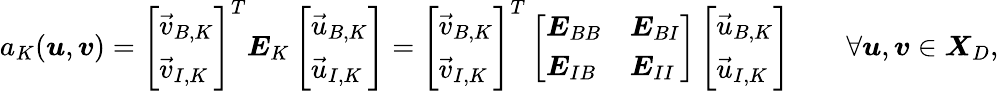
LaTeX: \begin{array}{r}{a_{K}(\boldsymbol{u},\boldsymbol{v})=\left[\begin{array}{l}{\vec{v}_{B,K}}\\ {\vec{v}_{I,K}}\end{array}\right]^{T}\boldsymbol{E}_{K}\left[\begin{array}{l}{\vec{u}_{B,K}}\\ {\vec{u}_{I,K}}\end{array}\right]=\left[\begin{array}{l}{\vec{v}_{B,K}}\\ {\vec{v}_{I,K}}\end{array}\right]^{T}\left[\begin{array}{ll}{\boldsymbol{E}_{BB}}&{\boldsymbol{E}_{BI}}\\ {\boldsymbol{E}_{IB}}&{\boldsymbol{E}_{II}}\end{array}\right]\left[\begin{array}{l}{\vec{u}_{B,K}}\\ {\vec{u}_{I,K}}\end{array}\right]\qquad\forall\boldsymbol{u},\boldsymbol{v}\in\boldsymbol{X}_{D},}\end{array}